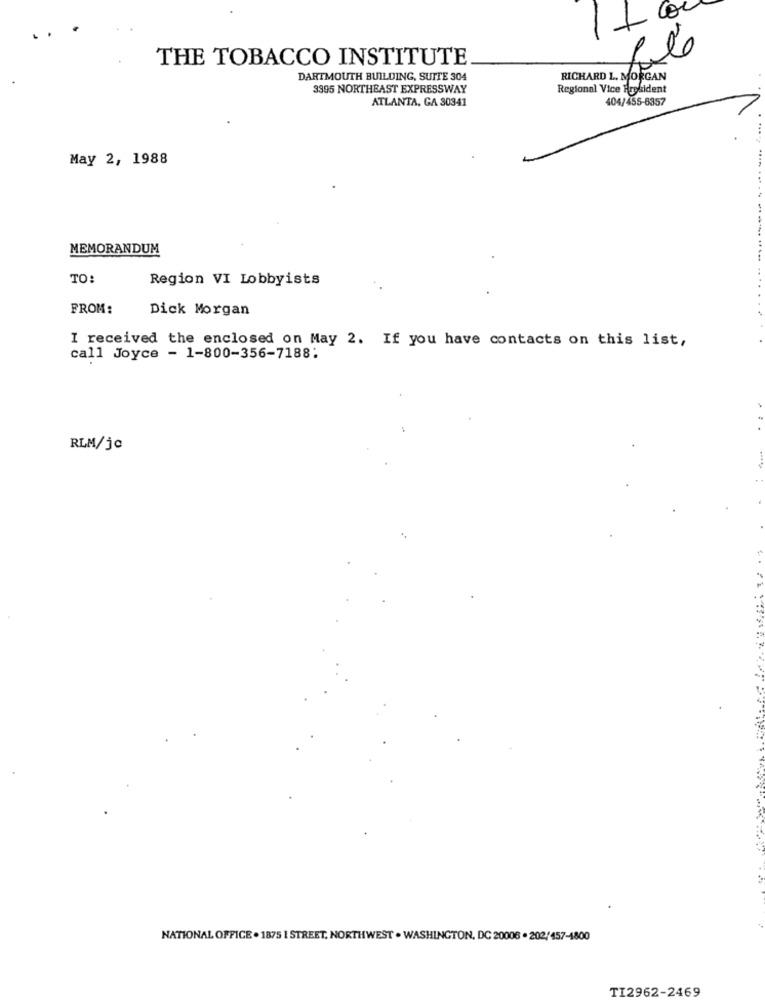
Co
1
THE TOBACCO INSTITUTE
DARTMOUTH BUILDING, SUITE 304
RICHARD L. MORGAN
3395 NORTHEAST EXPRESSWAY
Regional Vice President
ATLANTA, GA 30341
404/455-6357
May 2, 1988
MEMORANDUM
TO:
Region VI Lobbyists
FROM:
Dick Morgan
I received the enclosed on May 2. If you have contacts on this list,
call Joyce - 1-800-356-7188:
RLM/jc
NATIONAL OFFICE . 1875 1 STREET, NORTHWEST . WASHINGTON, DC 20006 . 202/457-1800
TI2962-2469